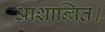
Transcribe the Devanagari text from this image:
आशान्वित।